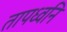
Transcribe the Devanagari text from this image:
तापध्वनि